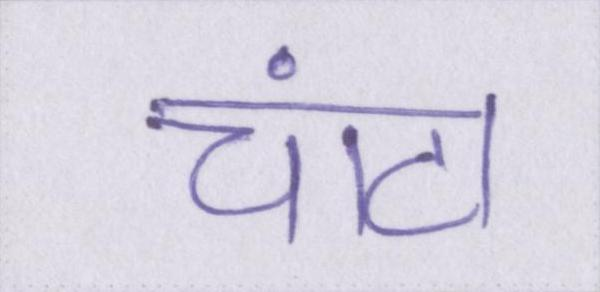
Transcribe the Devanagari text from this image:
चांटा